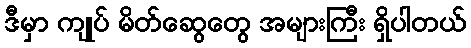
ဒီမှာ ကျုပ် မိတ်ဆွေတွေ အများကြီး ရှိပါတယ်